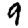
Digit: 9